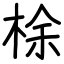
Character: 梌